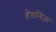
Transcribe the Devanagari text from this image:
हेडनिज्म़